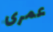
عمرى